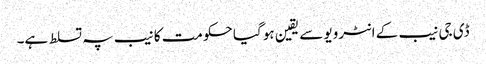
ڈی جی نیب کے انٹرویو سے یقین ہو گیا حکومت کا نیب پہ تسلط ہے۔